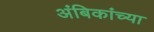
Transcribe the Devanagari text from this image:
अंबिकांच्या